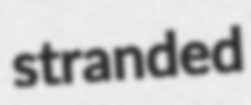
stranded